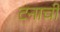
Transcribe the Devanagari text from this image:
टनाची